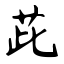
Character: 茈